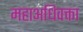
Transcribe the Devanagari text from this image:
महाअधिवक्ता